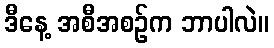
ဒီနေ့ အစီအစဉ်က ဘာပါလဲ။